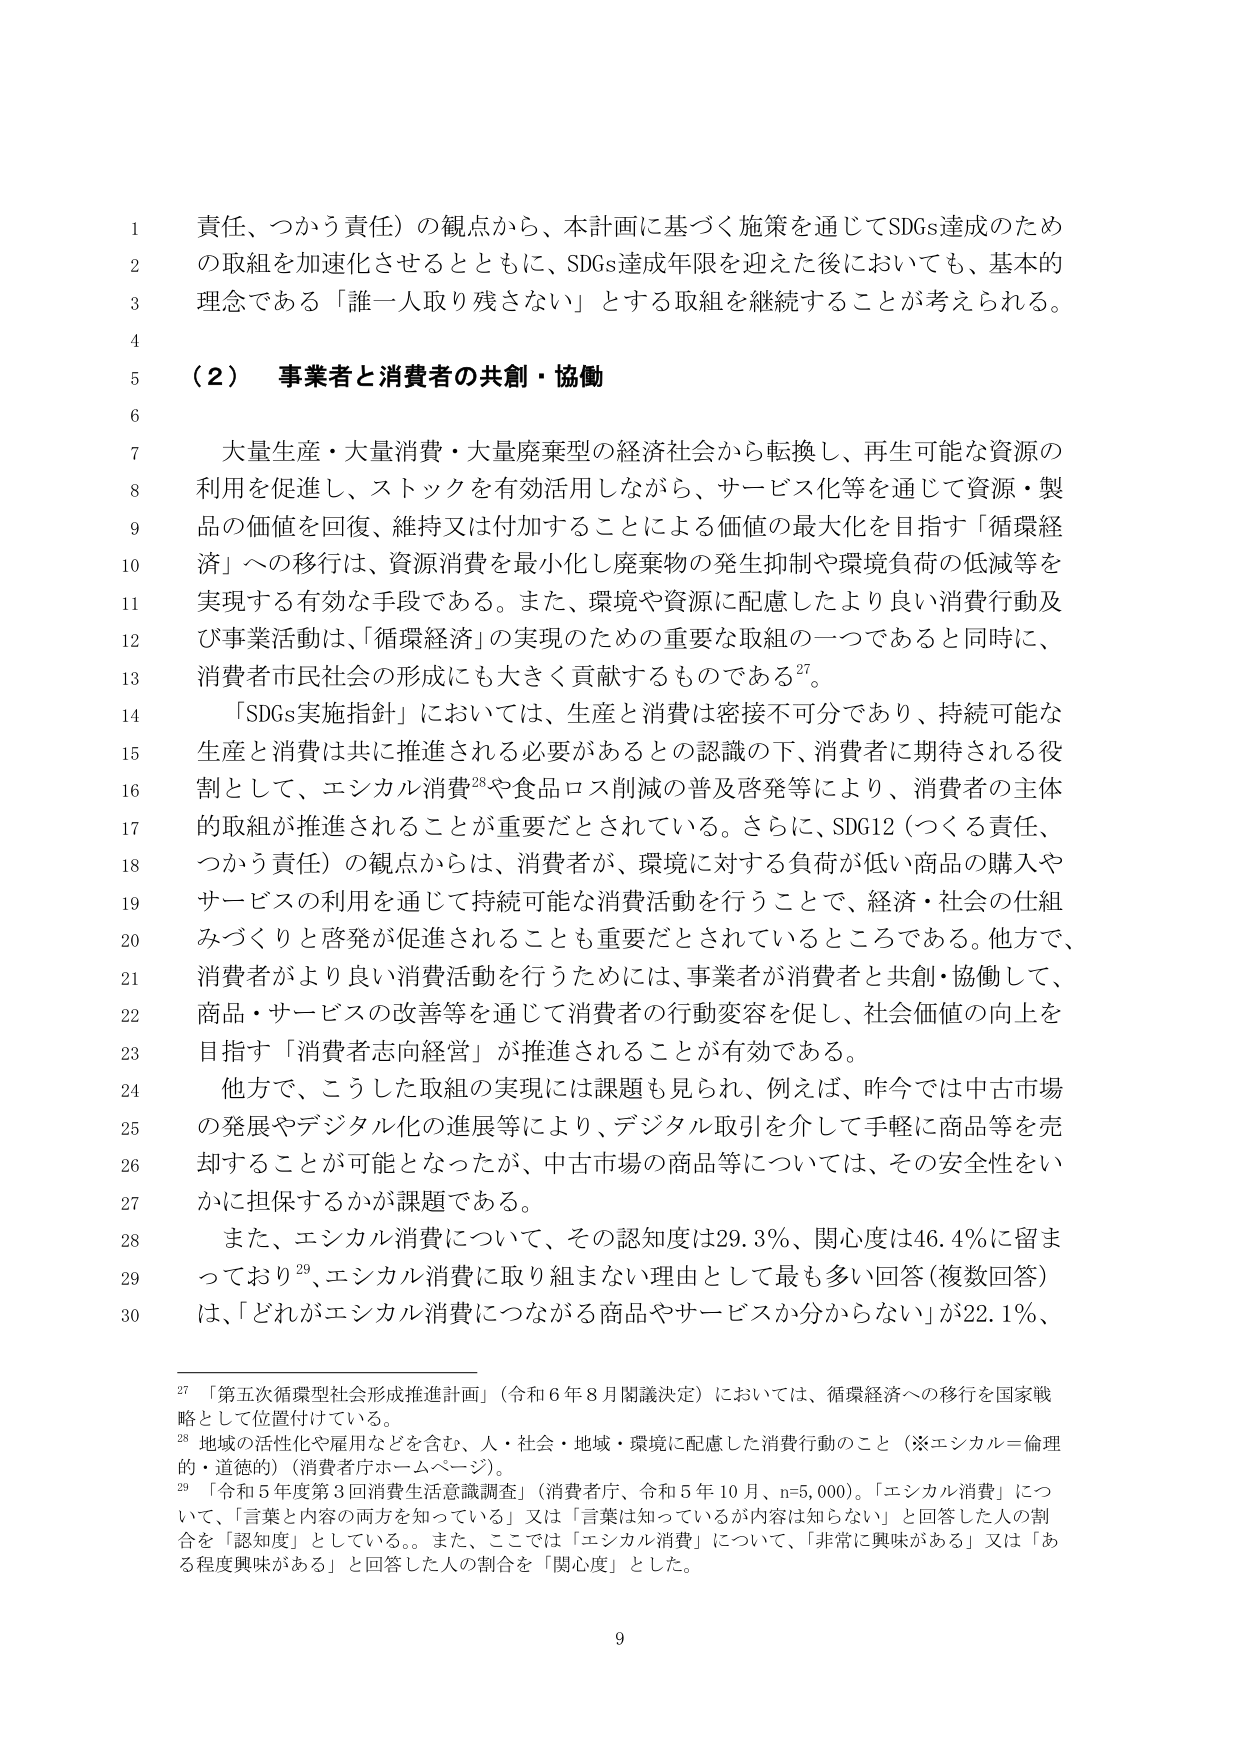
責任、つかう責任）の観点から、本計画に基づく施策を通じてSDGs達成のため
の取組を加速化させるとともに、SDGs達成年限を迎えた後においても、基本的
理念である「誰一人取り残さない」とする取組を継続することが考えられる。

（２） 事業者と消費者の共創・協働

大量生産・大量消費・大量廃棄型の経済社会から転換し、再生可能な資源の
利用を促進し、ストックを有効活用しながら、サービス化等を通じて資源・製
品の価値を回復、維持又は付加することによる価値の最大化を目指す「循環経
済」への移行は、資源消費を最小化し廃棄物の発生抑制や環境負荷の低減等を
実現する有効な手段である。また、環境や資源に配慮したより良い消費行動及
び事業活動は、「循環経済」の実現のための重要な取組の一つであると同時に、
消費者市民社会の形成にも大きく貢献するものである27。

「SDGs実施指針」においては、生産と消費は密接不可分であり、持続可能な
生産と消費は共に推進される必要があるとの認識の下、消費者に期待される役
割として、エシカル消費28や食品ロス削減の普及啓発等により、消費者の主体
的取組が推進されることが重要だとされている。さらに、SDG12（つくる責任、
つかう責任）の観点からは、消費者が、環境に対する負荷が低い商品の購入や
サービスの利用を通じて持続可能な消費活動を行うことで、経済・社会の仕組
みづくりと啓発が促進されることも重要だとされているところである。他方で、
消費者がより良い消費活動を行うためには、事業者が消費者と共創・協働して、
商品・サービスの改善等を通じて消費者の行動変容を促し、社会価値の向上を
目指す「消費者志向経営」が推進されることが有効である。

他方で、こうした取組の実現には課題も見られ、例えば、昨今では中古市場
の発展やデジタル化の進展等により、デジタル取引を介して手軽に商品等を売
却することが可能となったが、中古市場の商品等については、その安全性をい
かに担保するかが課題である。

また、エシカル消費について、その認知度は29.3％、関心度は46.4％に留ま
っており29、エシカル消費に取り組まない理由として最も多い回答（複数回答）
は、「どれがエシカル消費につながる商品やサービスか分からない」が22.1％、

27 「第五次循環型社会形成推進計画」（令和６年８月閣議決定）においては、循環経済への移行を国家戦
略として位置付けている。
28 地域の活性化や雇用などを含む、人・社会・地域・環境に配慮した消費行動のこと（※エシカル＝倫理
的・道徳的）（消費者庁ホームページ）。
29 「令和５年度第３回消費生活意識調査」（消費者庁、令和５年10月、n=5,000）。「エシカル消費」につ
いて、「言葉と内容の両方を知っている」又は「言葉は知っているが内容は知らない」と回答した人の割
合を「認知度」としている。また、ここでは「エシカル消費」について、「非常に興味がある」又は「あ
る程度興味がある」と回答した人の割合を「関心度」とした。

9